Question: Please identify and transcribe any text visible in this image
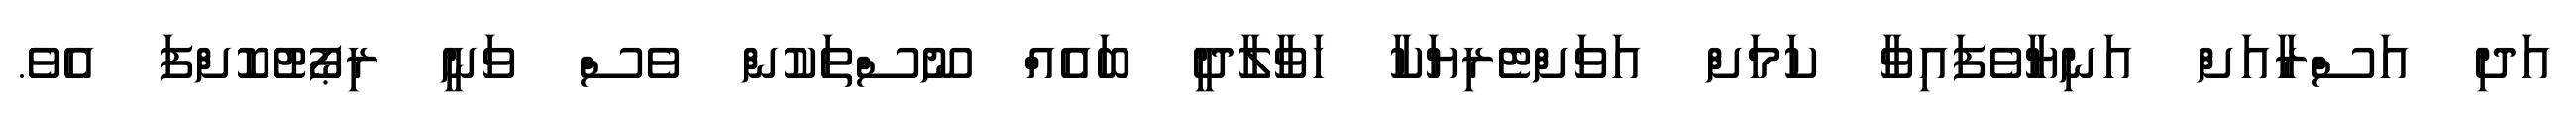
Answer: އަދި އަސްރާއަށް އަނިޔާވެފައިވާ ކަމަށް އަވަށްޓެރިޔަކާ ހަވާލާދީ ބައެއް ނޫސްތަކުން ވެސް ވަނީ ރިޕޯޓުކޮށްފަ އެވެ.